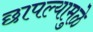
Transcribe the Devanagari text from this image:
छापल्यामुळे